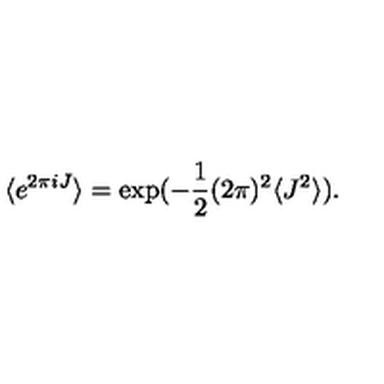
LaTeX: \langle e ^ { 2 \pi i J } \rangle = \exp ( - \frac { 1 } { 2 } ( 2 \pi ) ^ { 2 } \langle J ^ { 2 } \rangle ) .